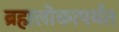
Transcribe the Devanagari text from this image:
ब्रह्मलोकापर्यंत